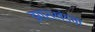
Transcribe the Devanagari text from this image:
झारखंडचा